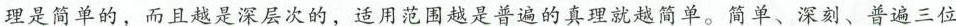
理是简单的，而且越是深层次的，适用范围越是普遍的真理就越简单。简单、深刻、普遍三位